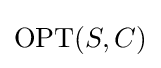
{\text{OPT}}(S,C)